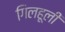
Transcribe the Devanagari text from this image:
गिलहूली